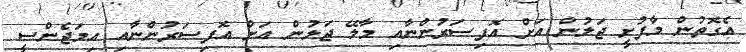
އެގޮތުން މާފުށީ ޖަލުން އަށް އޮފިސަރުންނާއި މާލޭ ޖަލުން އަށް އޮފިސަރުންނާއި އިމަޖެންސީ